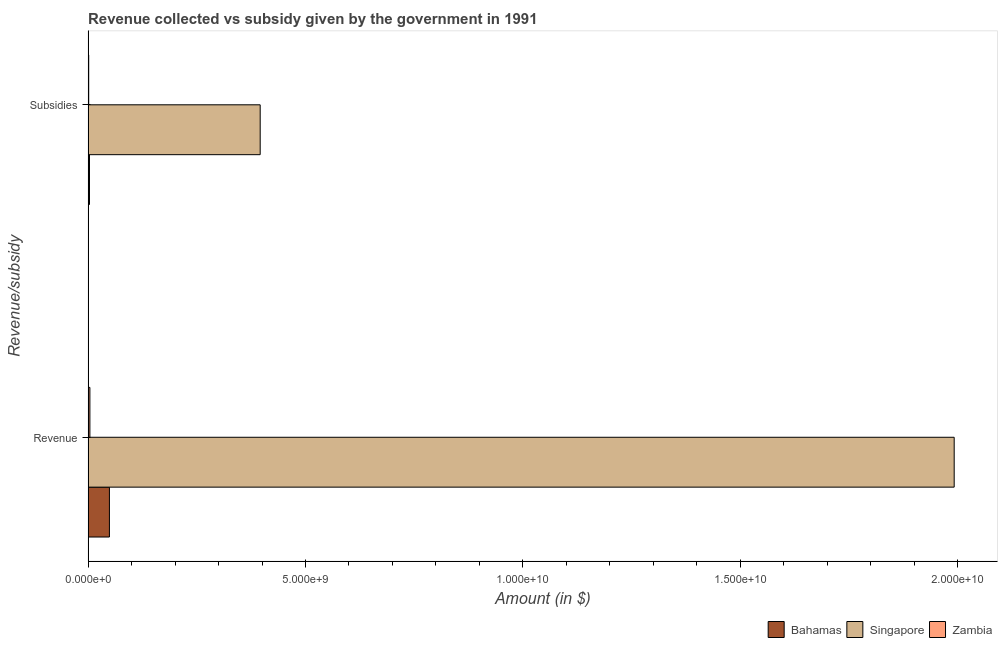
| Revenue/subsidy | Bahamas | Singapore | Zambia |
 | --- | --- | --- | --- |
 | Revenue | 4.91e+08 | 1.99e+10 | 4.15e+07 |
 | Subsidies | 3.2e+07 | 3.96e+09 | 1.42e+07 |